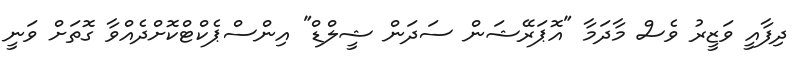
ދިފާއީ ވަޒީރު ވެސް މާދަމާ "އޮޕަރޭޝަން ސަދަން ޝީލްޑް" އިންސްޕެކްޓްކޮށްދެއްވާ ގޮތަށް ވަނީ